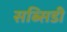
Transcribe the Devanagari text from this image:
सब्सिडी